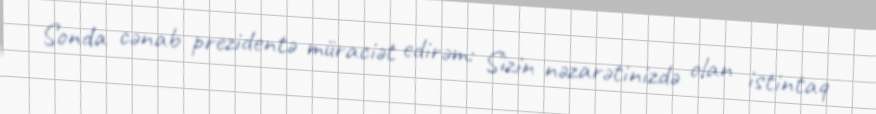
Sonda cənab prezidentə müraciət edirəm: Sizin nəzarətinizdə olan istintaq